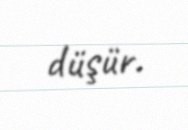
düşür.